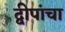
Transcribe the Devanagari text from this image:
द्वीपांचा